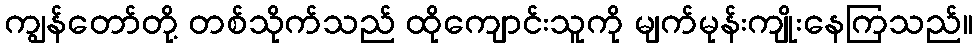
ကျွန်တော်တို့ တစ်သိုက်သည် ထိုကျောင်းသူကို မျက်မုန်းကျိုးနေကြသည်။